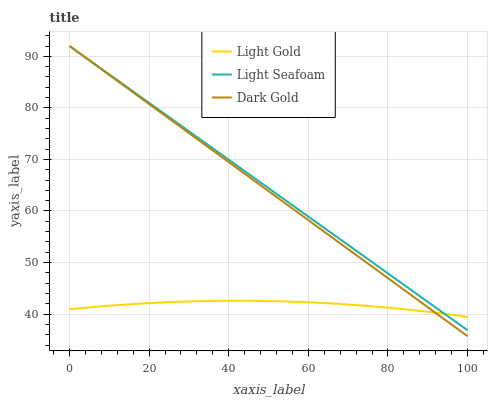
| xaxis_label | Light Gold | Light Seafoam | Dark Gold |
 | --- | --- | --- | --- |
 | 0 | 40.9 | 92 | 92 |
 | 5.56 | 41.3 | 88.9 | 88.9 |
 | 11.1 | 41.7 | 85.9 | 85.7 |
 | 16.7 | 42 | 82.8 | 82.6 |
 | 22.2 | 42.2 | 79.7 | 79.5 |
 | 27.8 | 42.4 | 76.7 | 76.4 |
 | 33.3 | 42.5 | 73.6 | 73.2 |
 | 38.9 | 42.6 | 70.6 | 70.1 |
 | 44.4 | 42.6 | 67.5 | 67 |
 | 50 | 42.5 | 64.4 | 63.9 |
 | 55.6 | 42.4 | 61.4 | 60.7 |
 | 61.1 | 42.3 | 58.3 | 57.6 |
 | 66.7 | 42 | 55.2 | 54.5 |
 | 72.2 | 41.7 | 52.2 | 51.3 |
 | 77.8 | 41.4 | 49.1 | 48.2 |
 | 83.3 | 41 | 46.1 | 45.1 |
 | 88.9 | 40.5 | 43 | 42 |
 | 94.4 | 40 | 39.9 | 38.8 |
 | 100 | 39.5 | 36.9 | 35.7 |